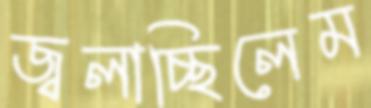
জ্বলাচ্ছিলেম